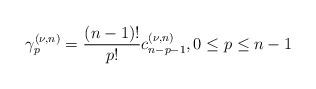
LaTeX: \begin{align*}\gamma _{p}^{(\nu ,n)}=\frac{(n-1)!}{p!}c_{n-p-1}^{\left( \nu ,n\right)}, 0\leq p \leq n-1 \end{align*}